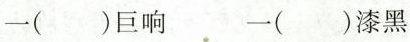
一( )巨响 一( )漆黑